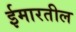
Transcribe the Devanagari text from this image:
ईमारतील